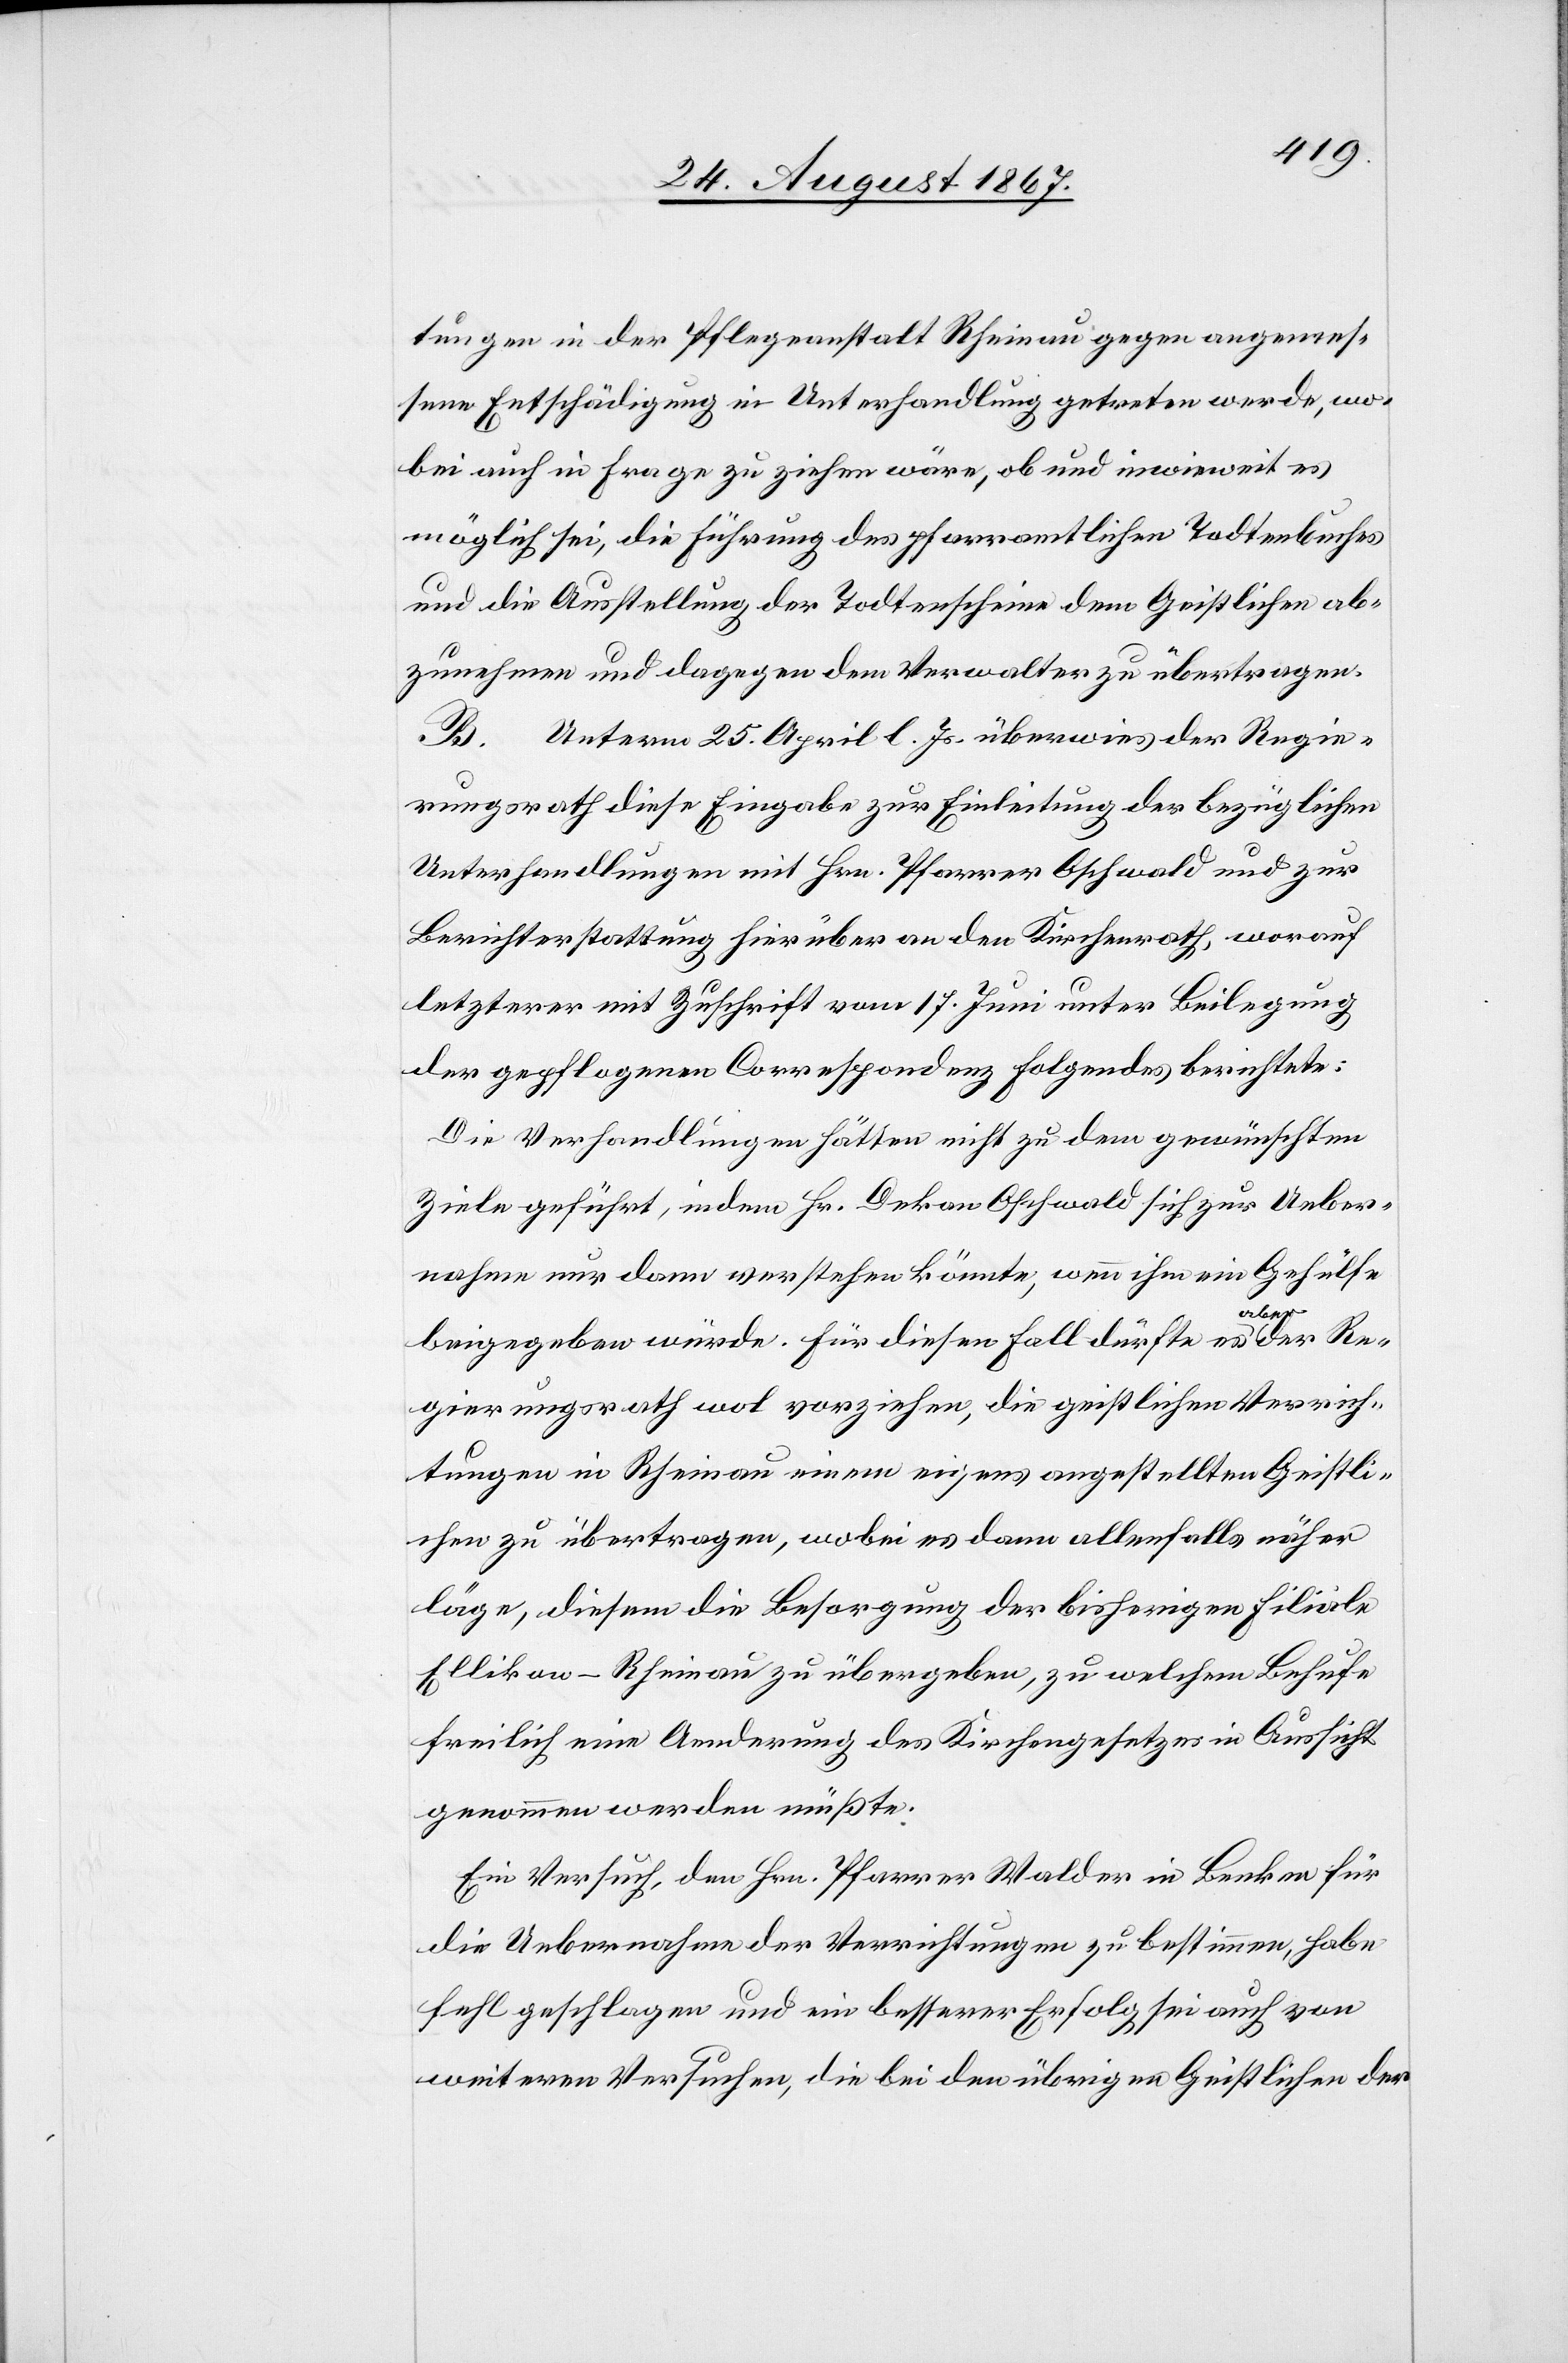
tungen in der Pflegeanstalt Rheinau gegen angemes¬
sene Entschädigung in Unterhandlung getreten werde, wo¬
bei auch in Frage zu ziehen wäre, ob und inwieweit es
möglich sei, die Führung des pfarramtlichen Todtenbuches
und die Ausstellung der Todtenscheine dem Geistlichen ab¬
zunehmen und dagegen dem Verwalter zu übertragen.
B. Unterm 24. April l. Js. überwies der Regie¬
rungsrath diese Eingabe zur Einleitung der bezüglichen
Unterhandlung mit Hrn. Pfarrer Oschwald und zur
Berichterstattung hierüber an den Kirchenrath, worauf
letzterer mit Zuschrift vom 17. Juni unter Beilegung
der gepflogenen Correspondenz folgendes berichtete:
Die Verhandlungen hätten nicht zu dem gewünschten
Ziele geführt, indem Hr. Dekan Oschwald sich zur Ueber¬
nahme nur dann verstehen könnte, wenn ihm ein Gehülfe
Re¬
beigegeben würde. Für diesen Fall dürfte es aber der
gierungsrath wol vorziehen, die geistlichen Verrich¬
tungen in Rheinau einem eigens angestellten Geistli¬
chen zu übertragen, wobei es dann allenfalls näher
läge, diesem die Besorgung der bisherigen Filiale
Ellikon-Rheinau zu übergeben, zu welchem Behufe
freilich eine Aenderung des Kirchengesetzes in Aussicht
genommen werden müßte.
Ein Versuch, den Hrn. Pfarrer Walder in Benken für
die Uebernahme der Verrichtungen zu bestimmen, habe
fehl geschlagen und ein besserer Erfolg sei auch von
weiteren Versuchen, die bei den übrigen Geistlichen der